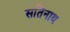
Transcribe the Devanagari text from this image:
सतिनाथ